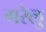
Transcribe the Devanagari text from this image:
गरेलु